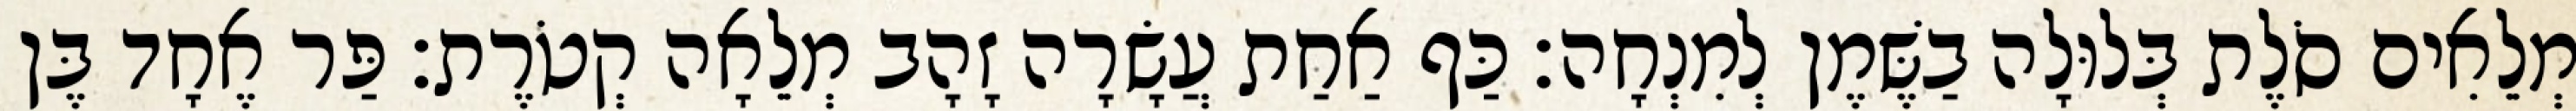
מְלֵאִים סֹלֶת בְּלוּלָה בַשֶּׁמֶן לְמִנְחָה׃ כַּף אַחַת עֲשָׂרָה זָהָב מְלֵאָה קְטֹרֶת׃ פַּר אֶחָד בֶּן